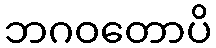
ဘဂဝတောပိ